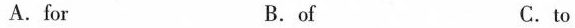
A.for B.of C.to